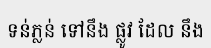
ទន់ភ្លន់ ទៅនឹង ផ្លូវ ដែល នឹង